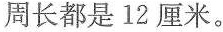
周长都是12厘米。